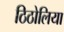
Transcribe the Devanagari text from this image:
ठिठोलिया